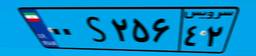
۰۰S۲۵۶۴۲